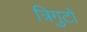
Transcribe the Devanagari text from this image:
त्रिगुटों